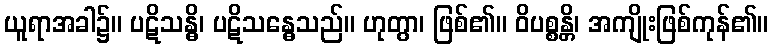
ယူရာအခါ၌။ ပဋိသန္ဓိ၊ ပဋိသန္ဓေသည်။ ဟုတွာ၊ ဖြစ်၏။ ဝိပစ္စန္တိ၊ အကျိုးဖြစ်ကုန်၏။